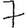
Digit: 7